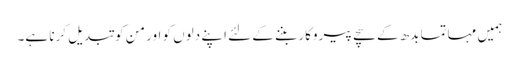
ہمیں مہاتما بدھ کے سچے پیروکار بننے کے لئے اپنے دلوں کو اور من کو تبدیل کرنا ہے۔